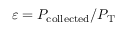
\varepsilon = P _ { \mathrm { c o l l e c t e d } } / P _ { \mathrm { T } }